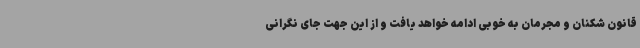
قانون شکنان و مجرمان به خوبی ادامه خواهد یافت و از این جهت جای نگرانی